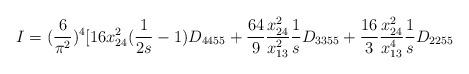
LaTeX: \begin{align*}I=(\frac{6}{\pi^{2}})^{4}[16 x_{24}^{2} (\frac{1}{2s}-1) D_{4455} + \frac{64}{9}\frac{x_{24}^{2}}{x_{13}^{2}}\frac{1}{s} D_{3355} + \frac{16}{3}\frac{x_{24}^{2}}{x_{13}^{4}}\frac{1}{s} D_{2255}\end{align*}